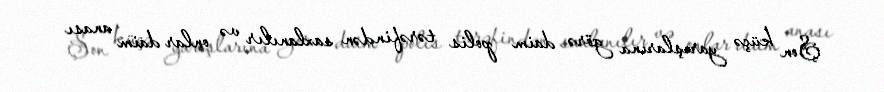
Şon küçə yarışlarına görə daim polis tərəfindən saxlanılır və onlar daim anası